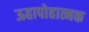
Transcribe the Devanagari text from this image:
ऊहापोहात्मक